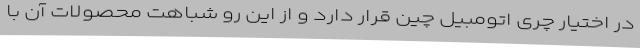
در اختیار چری اتومبیل چین قرار دارد و از این رو شباهت محصولات آن با